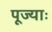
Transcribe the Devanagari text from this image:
पूज्याः